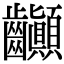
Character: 𪚉